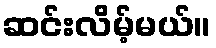
ဆင်းလိမ့်မယ်။